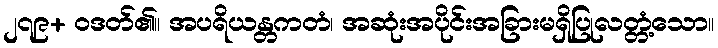
၂၇၉+ ဝဒတ်၏။ အပရိယန္တကတံ၊ အဆုံးအပိုင်းအခြားမရှိပြုလတ္တံ့သော။